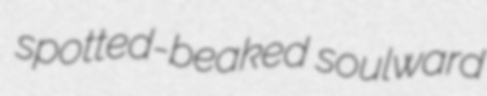
spotted-beaked soulward